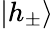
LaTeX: |h_{\pm}\rangle